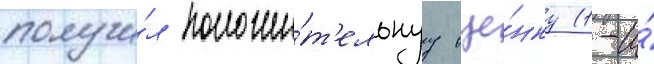
получи́л положи́т'ельнуу оце́нку (1-и́